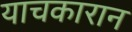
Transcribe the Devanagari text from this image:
याचकारान